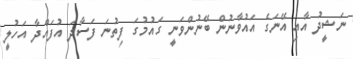
ނަޝީދު އާއި އޭނަގެ އައުވާނުން ބޭނުންވަނީ ގައުމުގަ ފިތުނަ ފަސާދަ އުފައްދާ އަހުލީ